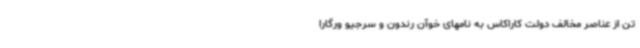
تن از عناصر مخالف دولت کاراکاس به نامهای خوآن رندون و سرجیو ورگارا